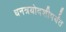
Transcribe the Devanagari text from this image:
धनत्रयोदशीपर्यंत